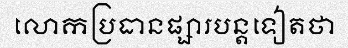
លោកប្រធានផ្សារបន្តទៀតថា